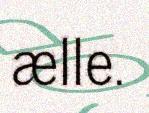
ælle.